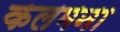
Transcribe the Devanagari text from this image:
कलमना